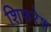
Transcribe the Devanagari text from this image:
शिफरेश